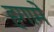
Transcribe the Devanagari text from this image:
हगामे